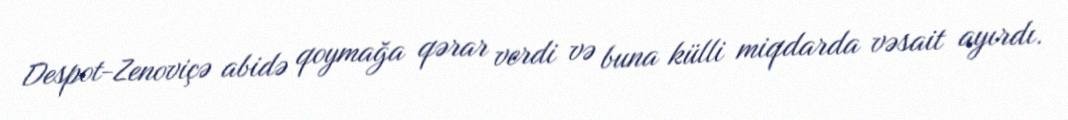
Despot-Zenoviçə abidə qoymağa qərar verdi və buna külli miqdarda vəsait ayırdı.